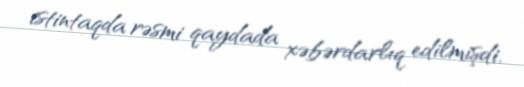
istintaqda rəsmi qaydada xəbərdarlıq edilmişdi.